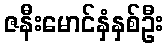
ဇနီးမောင်နှံနှစ်ဦး